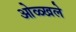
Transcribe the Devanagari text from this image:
ओळ्खले